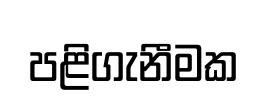
පළිගැනීමක